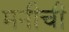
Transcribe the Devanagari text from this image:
मनीची